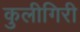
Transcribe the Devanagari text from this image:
कुलीगिरी